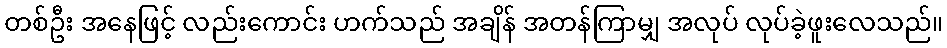
တစ်ဦး အနေဖြင့် လည်းကောင်း ဟက်သည် အချိန် အတန်ကြာမျှ အလုပ် လုပ်ခဲ့ဖူးလေသည်။